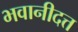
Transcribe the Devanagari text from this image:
भवानीदत्त